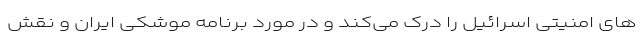
‌های امنیتی اسرائیل را درک می‌کند و در مورد برنامه موشکی ایران و نقش